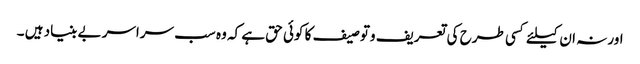
اور نہ ان کیلئے کسی طرح کی تعریف وتوصیف کا کوئی حق ہے کہ وہ سب سراسر بے بنیاد ہیں ۔